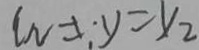
w \neq ; y = y _ { 2 }